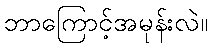
ဘာကြောင့်အမုန်းလဲ။